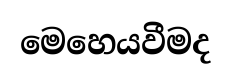
මෙහෙයවීමද